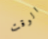
الوقت